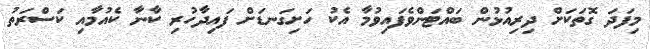
މިފަދަ ގޮތަކަށް ދިރިއުޅުން ބައްޓަންވެފައިވުމާ އެކު ހަށިގަނޑަށް ފައިދާހުރި ކާނާ ކެއުމާއި ކަސްރަތު